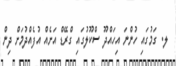
ލ. ގަމުގައި ހުންނަ އިހައްދޫ ސްކޫލުގައި ގްރޭޑް އަށެއް އުފެއްދުމަށް ދިން